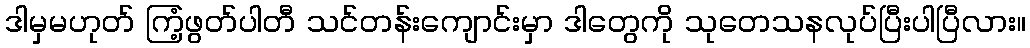
ဒါမှမဟုတ် ကြံ့ဖွတ်ပါတီ သင်တန်းကျောင်းမှာ ဒါတွေကို သုတေသနလုပ်ပြီးပါပြီလား။